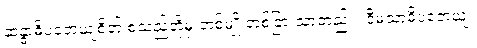
ဆန္ဒာဓိပတေယျစိတ် စသည်တို့မှ တစ်မျိုးတစ်ခြားသာတည်း။ ဝီမံသာဓိပတေယျံ၊